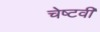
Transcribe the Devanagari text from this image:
चेष्टवी